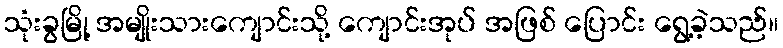
သုံးခွမြို့ အမျိုးသားကျောင်းသို့ ကျောင်းအုပ် အဖြစ် ပြောင်း ရွေ့ခဲ့သည်။